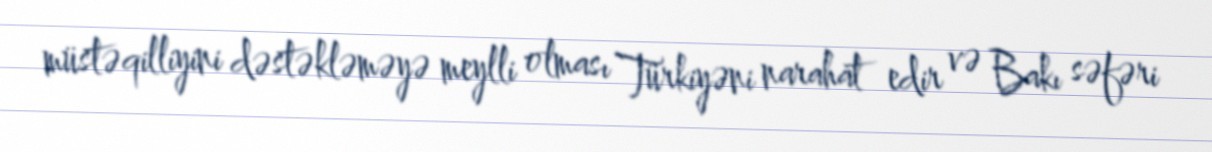
müstəqilliyini dəstəkləməyə meylli olması Türkiyəni narahat edir və Bakı səfəri